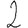
Digit: 2